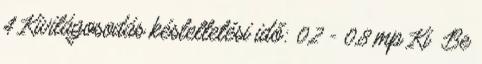
4 Kivilágosodás késleltetési idő: 0,2 - 0,8 mp Ki Be